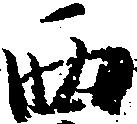
西